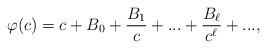
LaTeX: \begin{align*}\varphi(c)=c+B_0+\frac{B_1}{c}+...+\frac{B_\ell}{c^\ell}+...,\end{align*}